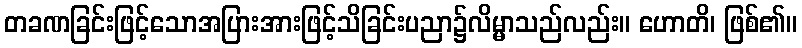
တခဏခြင်းဖြင့်သောအပြားအားဖြင့်သိခြင်းပညာ၌လိမ္မာသည်လည်း။ ဟောတိ၊ ဖြစ်၏။